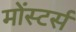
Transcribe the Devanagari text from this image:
मोंस्टर्स